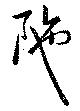
陁